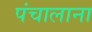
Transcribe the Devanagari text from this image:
पंचालाना